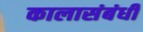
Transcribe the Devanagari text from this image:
कालासंबंधीं